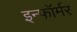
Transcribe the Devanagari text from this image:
इन्फॉर्मर